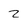
Character: 2